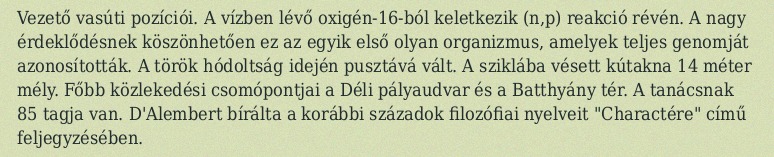
Vezető vasúti pozíciói. A vízben lévő oxigén-16-ból keletkezik (n,p) reakció révén. A nagy érdeklődésnek köszönhetően ez az egyik első olyan organizmus, amelyek teljes genomját azonosították. A török hódoltság idején pusztává vált. A sziklába vésett kútakna 14 méter mély. Főbb közlekedési csomópontjai a Déli pályaudvar és a Batthyány tér. A tanácsnak 85 tagja van. D'Alembert bírálta a korábbi századok filozófiai nyelveit "Charactére" című feljegyzésében.